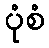
ပုံစံ